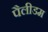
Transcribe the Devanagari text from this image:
पैलीडम